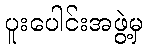
ပူးပေါင်းအဖွဲ့မှ